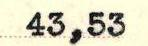
43,53